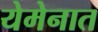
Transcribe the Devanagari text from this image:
येमेनात